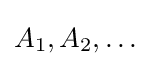
A_{1},A_{2},\ldots